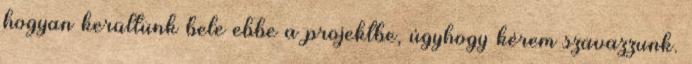
hogyan kerültünk bele ebbe a projektbe, úgyhogy kérem szavazzunk.